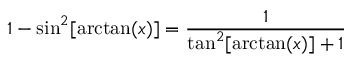
1 - \sin ^ { 2 } [ \arctan ( x ) ] = { \frac { 1 } { \tan ^ { 2 } [ \arctan ( x ) ] + 1 } }